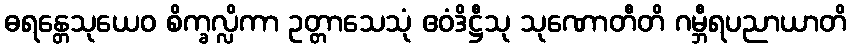
ဓရန္တေသုယေဝ စိက္ခလ္လိကာ ဥတ္တာသေသုံ ဧဝံဒိဋ္ဌီသု သုဏောတီတိ ဂမ္ဘီရပညာယာတိ